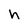
Character: h